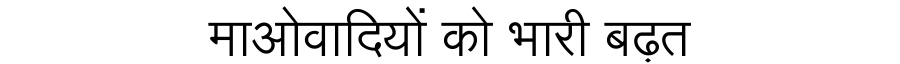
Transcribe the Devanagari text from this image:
माओवादियों को भारी बढ़त